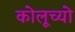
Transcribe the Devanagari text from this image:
कोलूच्यो